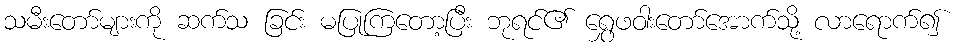
သမီးတော်များကို ဆက်သ ခြင်း မပြုကြတော့ပြီး ဘုရင်၏ ရွှေဖဝါးတော်အောက်သို့ လာရောက်၍